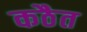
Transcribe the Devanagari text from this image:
कठैत